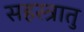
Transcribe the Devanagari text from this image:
सहस्त्रातु